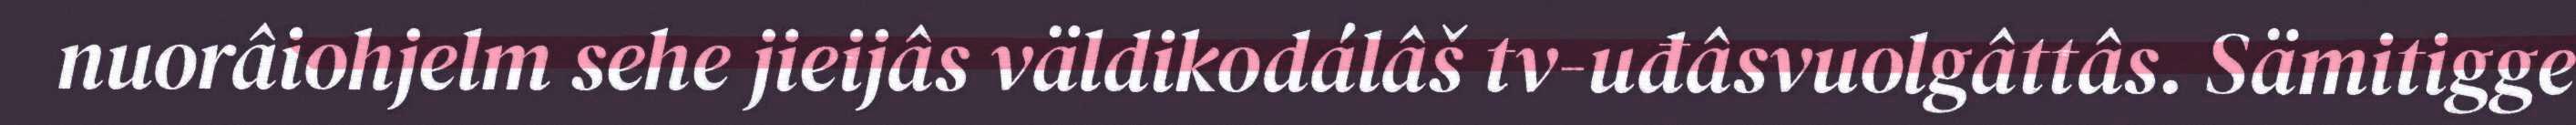
nuorâiohjelm sehe jieijâs väldikodálâš tv-uđâsvuolgâttâs. Sämitigge